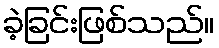
ခဲ့ခြင်းဖြစ်သည်။